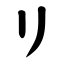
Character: リ